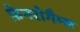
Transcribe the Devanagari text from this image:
फ़ेनरोगैम्स